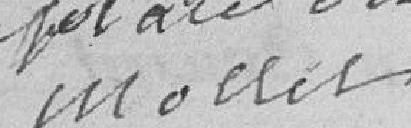
à la place du citoyen Mollet